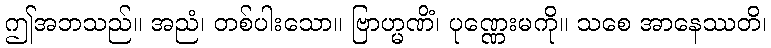
ဤအဘသည်။ အညံ၊ တစ်ပါးသော။ ဗြာဟ္မဏိံ၊ ပုဏ္ဏေးမကို။ သစေ အာနေဿတိ၊